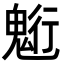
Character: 䰢